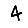
Digit: 4